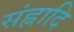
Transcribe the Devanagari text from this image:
संह्नादि